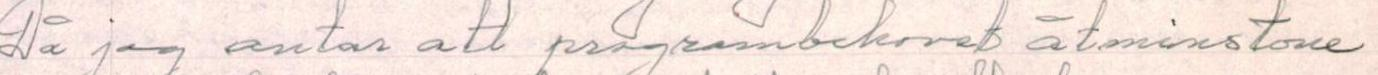
Då jag antar att programbehovet åtminstone